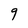
Character: 9